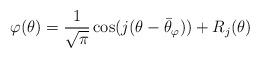
LaTeX: \begin{align*}\varphi(\theta)=\frac1{\sqrt\pi}\cos(j(\theta-\bar\theta_\varphi))+R_j(\theta)\end{align*}